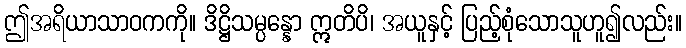
ဤအရိယာသာဝကကို။ ဒိဋ္ဌိသမ္ပန္နော ဣတိပိ၊ အယူနှင့် ပြည့်စုံသောသူဟူ၍လည်း။